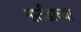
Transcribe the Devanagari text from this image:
मार्तंडाच्या